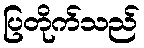
ပြတိုက်သည်